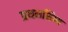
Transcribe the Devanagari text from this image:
प्रथमशिष्य